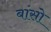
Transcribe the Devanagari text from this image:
बांसो